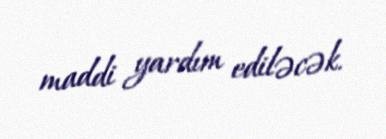
maddi yardım ediləcək.